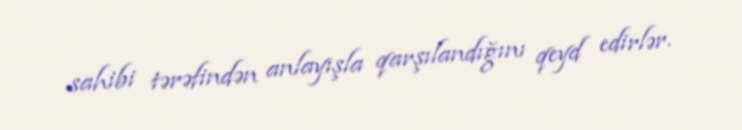
sahibi tərəfindən anlayışla qarşılandığını qeyd edirlər.